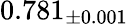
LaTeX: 0.781_{\pm 0.001}